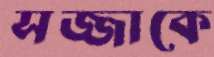
সজ্জাকে